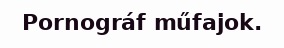
Pornográf műfajok.